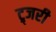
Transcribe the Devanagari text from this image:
ट्र्जरी